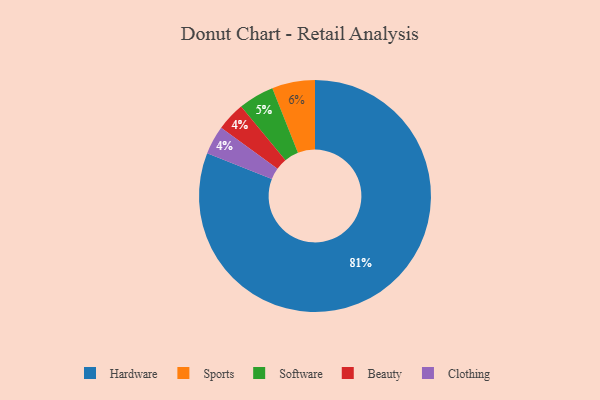
{"axis": {"x": "Category", "y": "Percentage"}, "legend": ["Beauty", "Clothing", "Hardware", "Software", "Sports"], "data": [{"x": "Beauty", "y": 4, "type": "Beauty"}, {"x": "Software", "y": 5, "type": "Software"}, {"x": "Hardware", "y": 81, "type": "Hardware"}, {"x": "Sports", "y": 6, "type": "Sports"}, {"x": "Clothing", "y": 4, "type": "Clothing"}]}